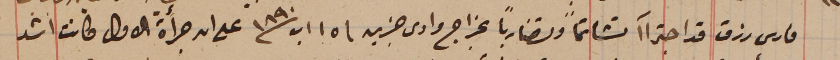
فارس رزق قد اجتراآ تشاتماً وتضارباً بخراج وادى جزين فى ١٥ اب سنة ١٨٩٠ على ان جرأة الاول كانت اشد